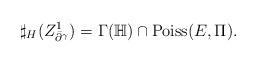
LaTeX: \begin{align*}\sharp_{H}(Z_{\bar{\partial}^{\gamma}}^{1})=\Gamma(\mathbb{H})\cap\operatorname{Poiss}(E,\Pi).\end{align*}